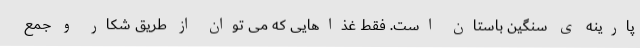
پارینه ی سنگین باستان است. فقط غذاهایی که می توان از طریق شکار و جمع